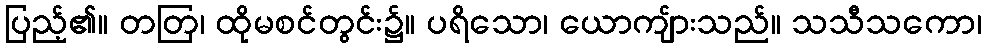
ပြည့်၏။ တတြ၊ ထိုမစင်တွင်း၌။ ပရိသော၊ ယောကျ်ားသည်။ သသီသကော၊